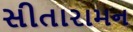
સીતારામન